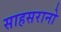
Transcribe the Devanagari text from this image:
साहसरानो